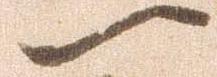
一